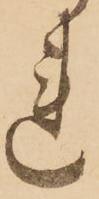
れ